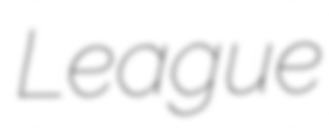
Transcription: League